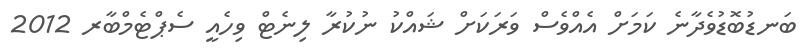
ބަނޑުބޮޑުވެދާނެ ކަމަށް އެއްވެސް ވަރަކަށް ޝައްކު ނުކުރާ ލިނެޓް ވިހެއީ ސެޕްޓެމްބާރ 2012